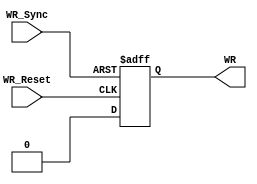
`timescale 1ns / 1ps
//////////////////////////////////////////////////////////////////////////////////
// Company: 
// Engineer: 
// 
// Design Name: 
// Module Name: WalkRegister
// Project Name: 
// Target Devices: 
// Tool Versions: 
// Description: 
// 
// Dependencies: 
// 
// Revision:
// Revision 0.01 - File Created
// Additional Comments:
// 
//////////////////////////////////////////////////////////////////////////////////


module WalkRegister(
    input WR_Sync,
    input WR_Reset,
    output reg WR
    );
	 
	 always@(posedge WR_Sync ,posedge WR_Reset) begin
		if (WR_Sync) begin
		      WR = 1;
		end
		else begin
		      if (WR_Reset) begin
		             WR = 0;
		      end
		end
	 end
	
endmodule